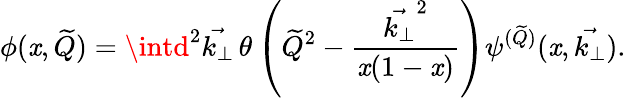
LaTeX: \phi(\mathit{x},\widetilde{Q})=\intd^{2}\vec{{k_{\perp}}}\thinspace\theta\left({\widetilde{Q}}^{2}-{\frac{{\vec{{k_{\perp}}}^{2}}}{{\mathit{x}(1-\mathit{x})}}}\right)\psi^{(\widetilde{Q})}(\mathit{x},\vec{{k_{\perp}}}).